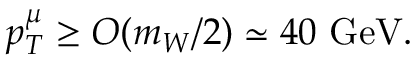
p _ { T } ^ { \mu } \ge { \cal O } ( m _ { W } / 2 ) \simeq 4 0 \ \mathrm { G e V } .